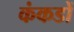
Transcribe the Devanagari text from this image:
कंकडों